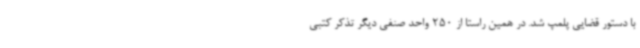
با دستور قضایی پلمپ شد. در همین راستا از 250 واحد صنفی دیگر تذکر کتبی